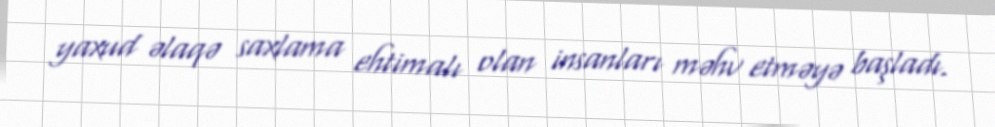
yaxud əlaqə saxlama ehtimalı olan insanları məhv etməyə başladı.